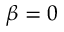
\beta = 0